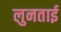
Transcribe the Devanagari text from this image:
लुनताई